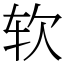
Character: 软